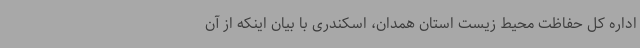
اداره کل حفاظت محیط زیست استان همدان، اسکندری با بیان اینکه از آن